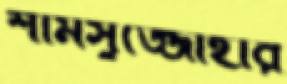
শামসুজ্জোহার